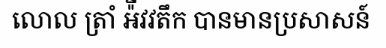
លោល ត្រាំ អ៉ីវវតឹក បានមានប្រសាសន៍